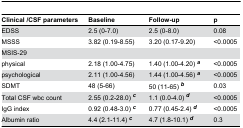
<table><thead><tr><td><b>Clinical /CSF parameters</b></td><td><b>Baseline</b></td><td><b>Follow-up</b></td><td><b>p</b></td></tr></thead><tbody><tr><td>EDSS </td><td>2.5 (0-7.0)</td><td>2.5 (0-8.0)</td><td>0.08</td></tr><tr><td>MSSS </td><td>3.82 (0.19-8.55)</td><td>3.20 (0.17-9.20)</td><td>&lt;0.0005</td></tr><tr><td>MSIS-29 </td><td></td><td></td><td></td></tr><tr><td> physical</td><td>2.18 (1.00-4.75)</td><td>1.40 (1.00-4.20) <b><sup><i>a</i></sup></b></td><td>&lt;0.0005</td></tr><tr><td> psychological</td><td>2.11 (1.00-4.56)</td><td>1.44 (1.00-4.56) <b><sup><i>a</i></sup></b></td><td>&lt;0.0005</td></tr><tr><td>SDMT</td><td>48 (5-66)</td><td>50 (11-65) <b><sup><i>b</i></sup></b></td><td>0.03</td></tr><tr><td>Total CSF wbc count </td><td>2.55 (0.2-28.0) <b><sup><i>c</i></sup></b></td><td>1.1 (0.0-4.0) <b><sup><i>d</i></sup></b></td><td>&lt;0.0005</td></tr><tr><td>IgG index </td><td>0.92 (0.48-3.0) <b><sup><i>c</i></sup></b></td><td>0.77 (0.45-2.4) <b><sup><i>d</i></sup></b></td><td>&lt;0.0005</td></tr><tr><td>Albumin ratio </td><td>4.4 (2.1-11.4) <b><sup><i>c</i></sup></b></td><td>4.7 (1.8-10.1) <b><sup><i>d</i></sup></b></td><td>0.3</td></tr></tbody></table>